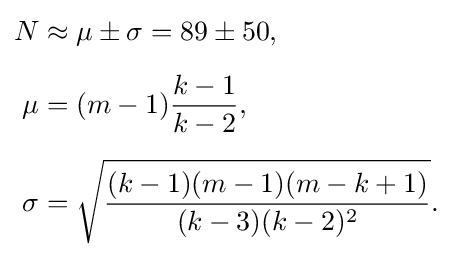
{\begin{aligned}N&\approx \mu \pm \sigma =89\pm 50,\\[5pt]\mu &=(m-1){\frac {k-1}{k-2}},\\[5pt]\sigma &={\sqrt {\frac {(k-1)(m-1)(m-k+1)}{(k-3)(k-2)^{2}}}}.\end{aligned}}